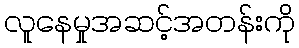
လူနေမှုအဆင့်အတန်းကို